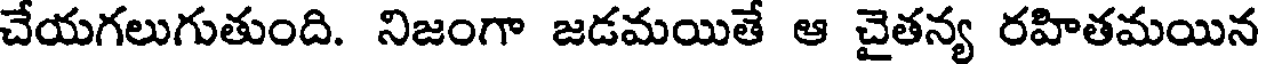
చేయగలుగుతుంది. నిజంగా జడమయితే ఆ చైతన్య రహితమయిన